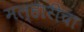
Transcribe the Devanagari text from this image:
मल्हारीचा